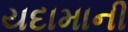
યદામાની